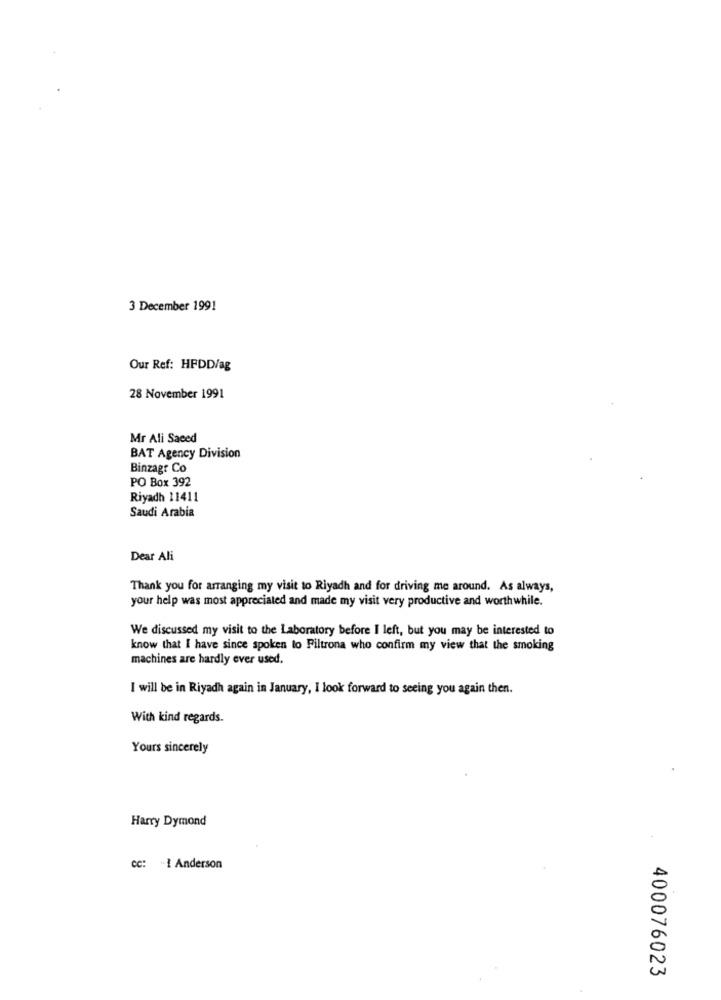
3 December 1991
Our Ref: HFDD/ag
28 November 1991
Mr Ali Saeed
BAT Agency Division
Binzagr Co
PO Box 392
Riyadh 11411
Saudi Arabia
Dear Ali
Thank you for arranging my visit to Riyadh and for driving me around. As always,
your help was most appreciated and made my visit very productive and worthwhile.
We discussed my visit to the Laboratory before I left, but you may be interested to
know that I have since spoken to Filtrona who confirm my view that the smoking
machines are hardly ever used.
I will be in Riyadh again in January, I look forward to seeing you again then.
With kind regards.
Yours sincerely
Harry Dymond
cc: - 1 Anderson
400076023